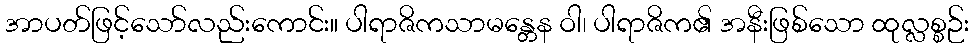
အာပတ်ဖြင့်သော်လည်းကောင်း။ ပါရာဇိကသာမန္တေန ဝါ၊ ပါရာဇိက၏ အနီးဖြစ်သော ထုလ္လစ္စဉ်း